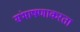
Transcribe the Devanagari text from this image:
संभाषणाकरता